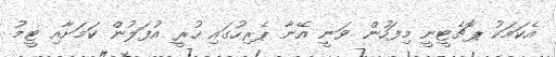
އެކަމަކު ޕޮޗެޓީނީ މިފަހުން ވަނީ އޭނާ ޕެރިހުގައި ހުރީ އުފަލުން ކަމަށާއި ޓީމު